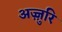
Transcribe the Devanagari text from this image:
अज़्ज़ुरि